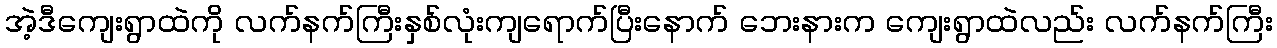
အဲ့ဒီကျေးရွာထဲကို လက်နက်ကြီးနှစ်လုံးကျရောက်ပြီးနောက် ဘေးနားက ကျေးရွာထဲလည်း လက်နက်ကြီး